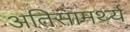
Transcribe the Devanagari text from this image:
अतिसामर्थ्य